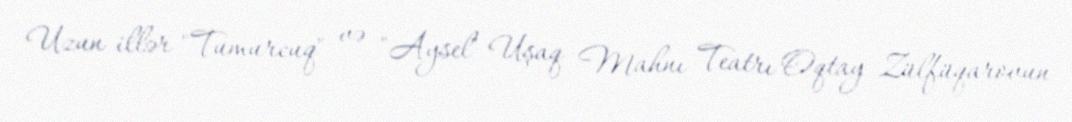
Uzun illər "Tumurcuq" və "Aysel" Uşaq Mahnı Teatrı Oqtay Zülfüqarovun